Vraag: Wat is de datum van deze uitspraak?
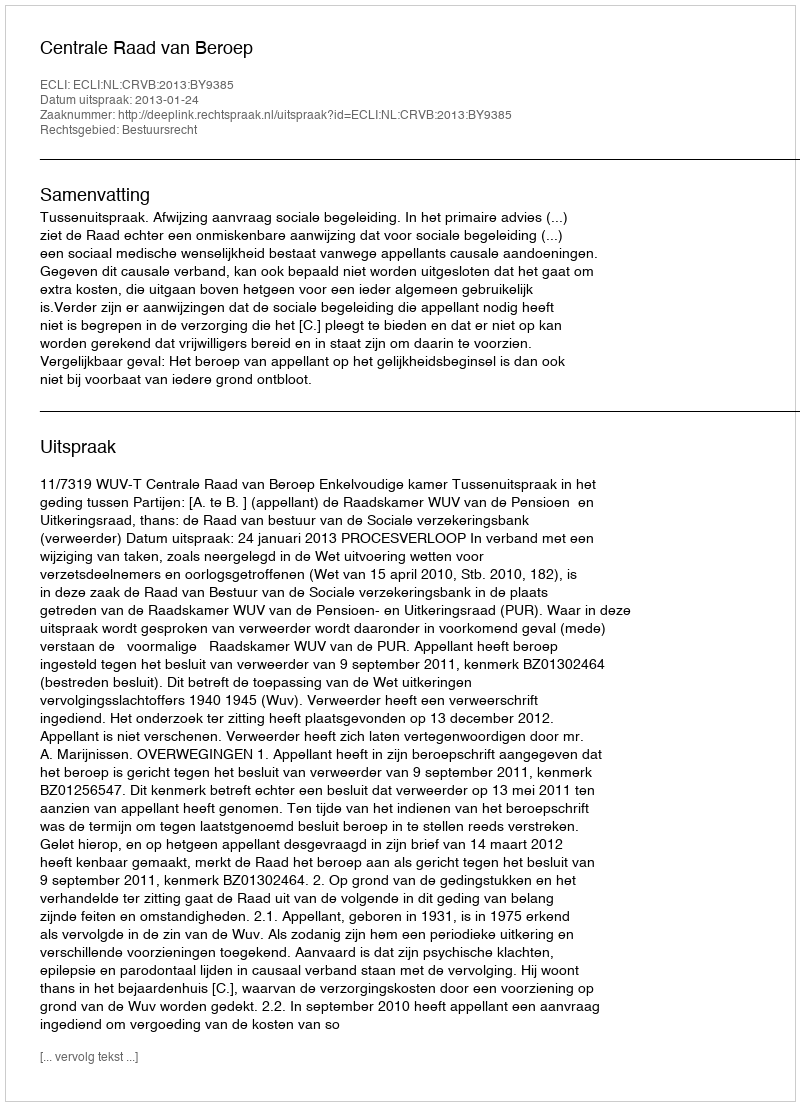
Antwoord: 2013-01-24